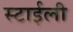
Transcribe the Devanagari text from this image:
स्टाईली